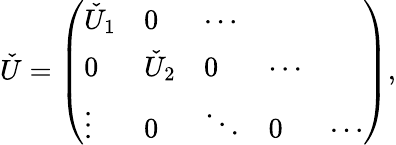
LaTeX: \check{U}=\left(\begin{array}{lllll}{\check{U}_{1}}&{0}&{\cdots}&{}&{}\\ {0}&{\check{U}_{2}}&{0}&{\cdots}&{}\\ {\vdots}&{0}&{\ddots}&{0}&{\cdots}\end{array}\right),